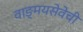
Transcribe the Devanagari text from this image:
वाङ्‌मयसेवेची